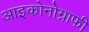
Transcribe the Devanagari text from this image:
आइकोनोग्राफी